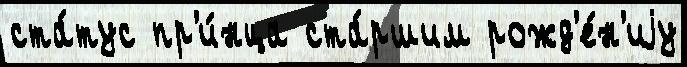
ста́тус пр'и́нца ста́ршим рожд'е́н'иjу